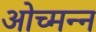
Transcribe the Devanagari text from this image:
ओच्मन्न